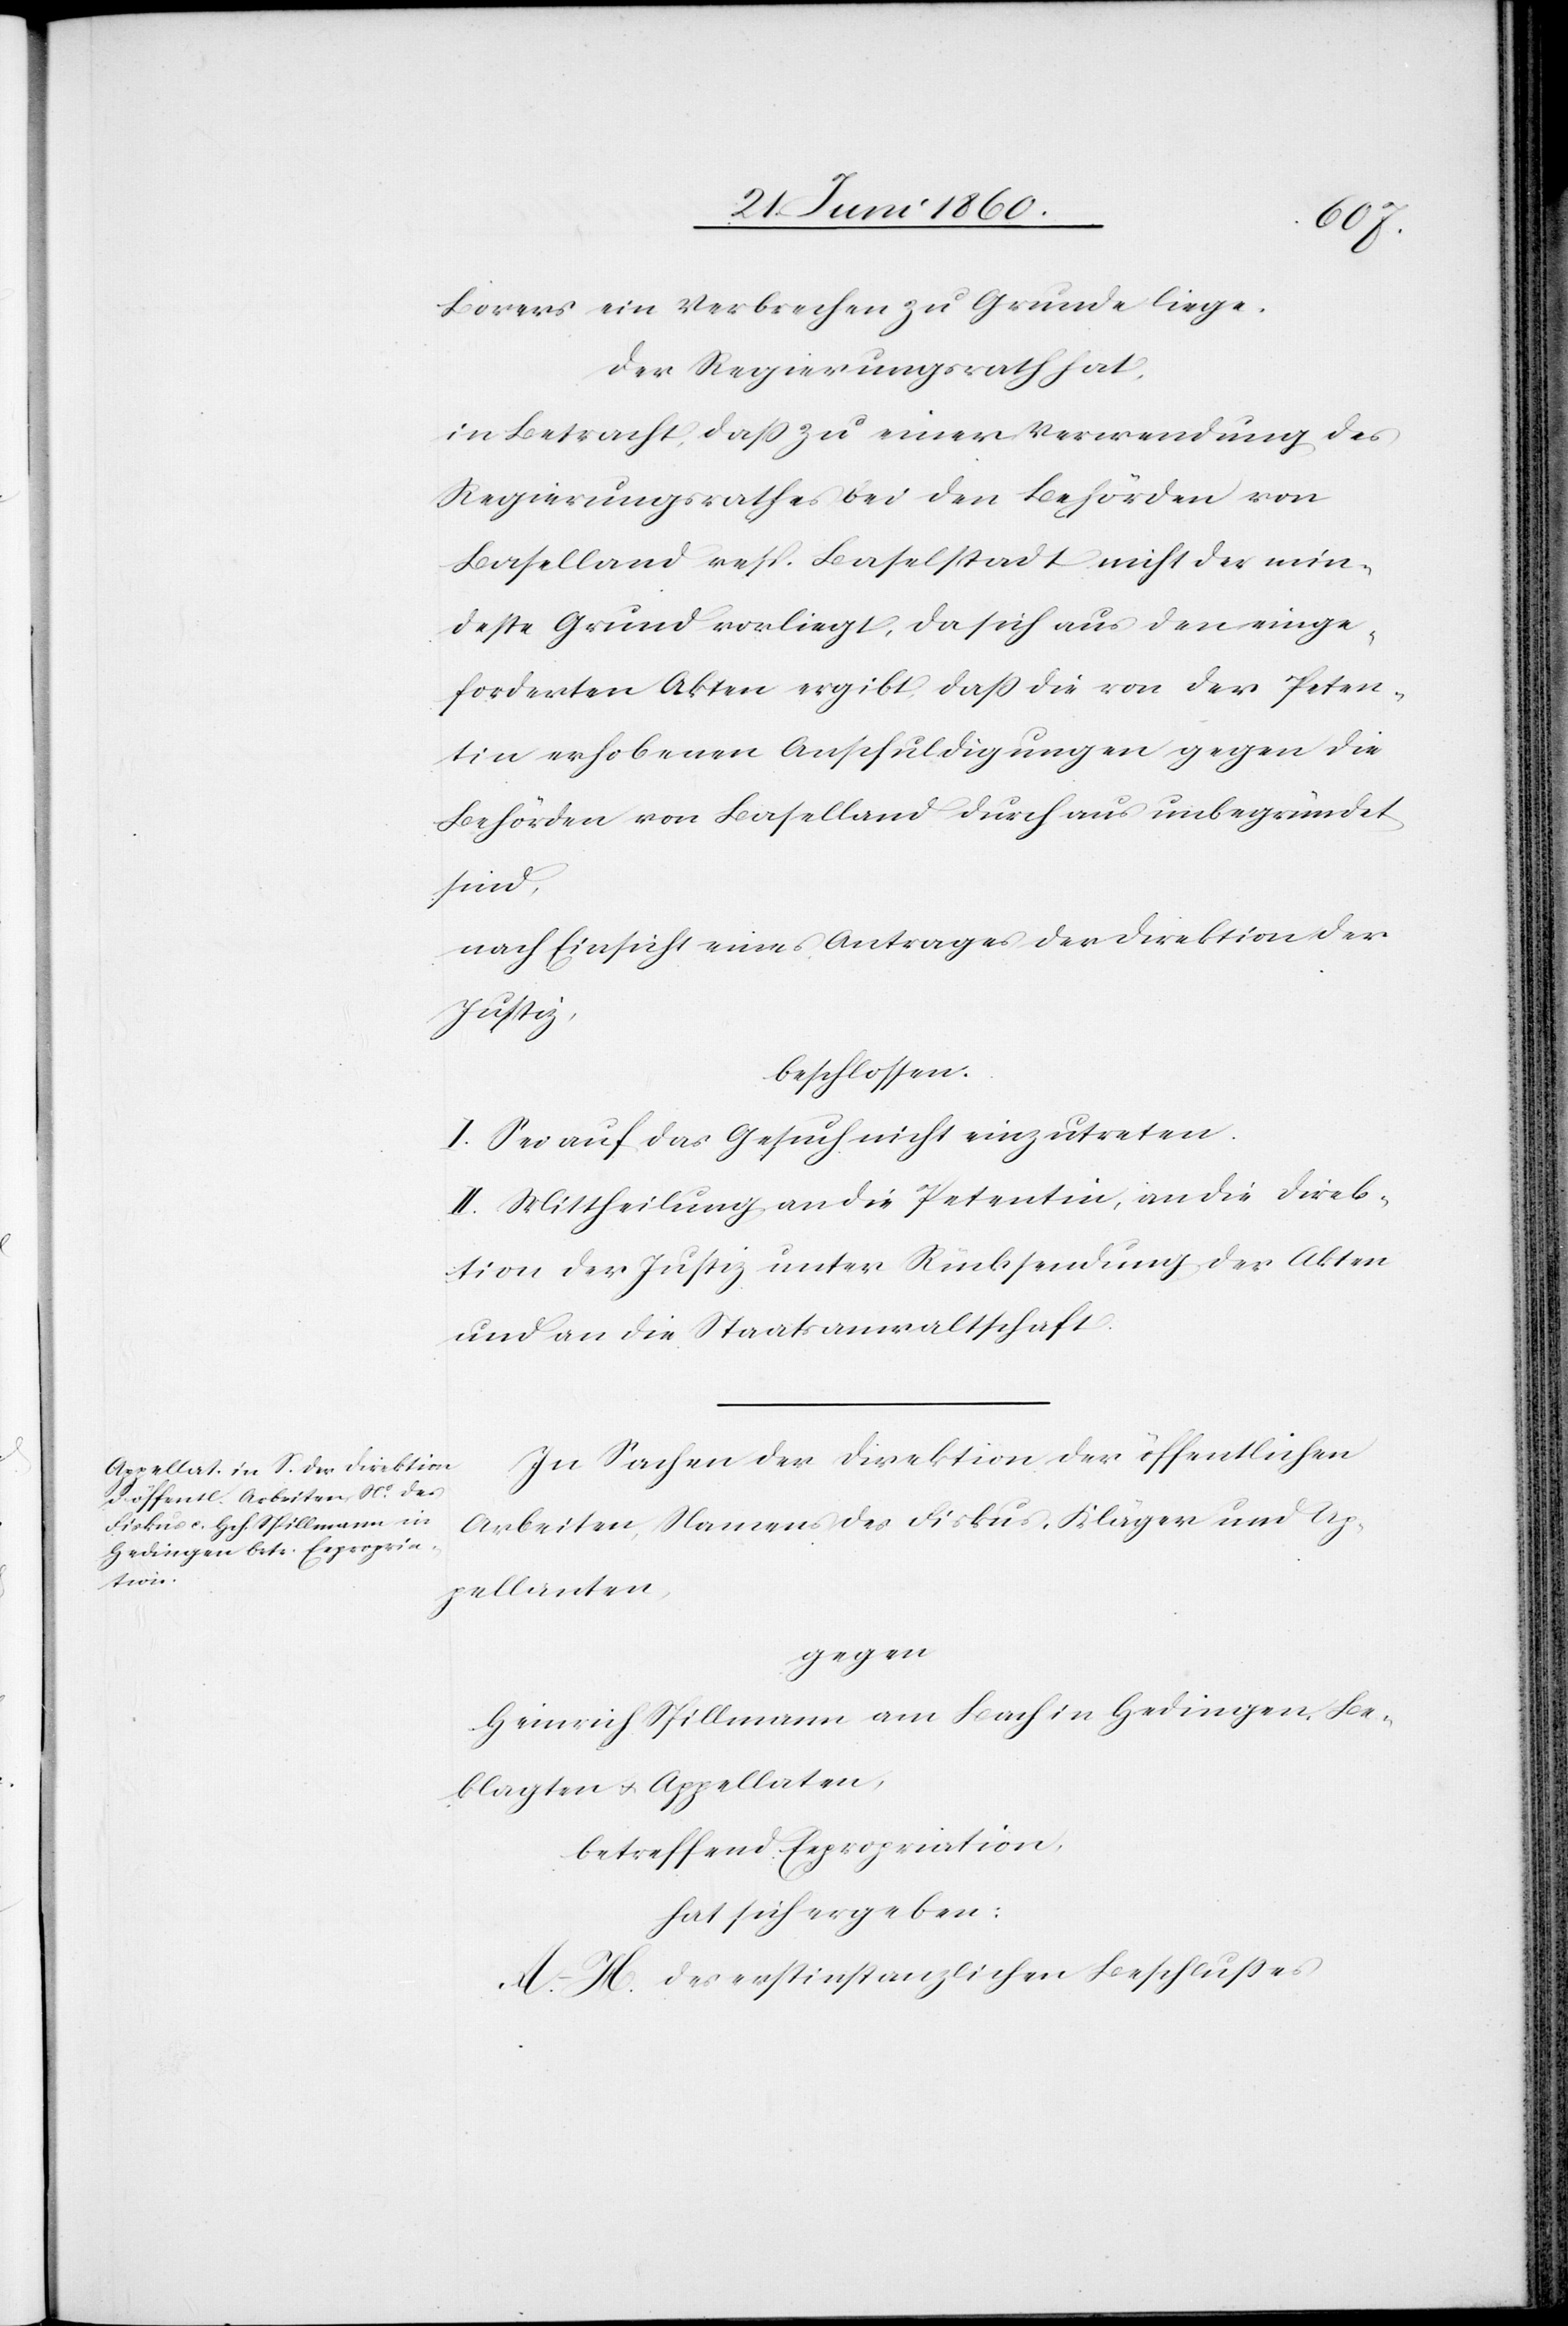
Borers ein Verbrechen zu Grunde liege.
Der Regierungsrath hat,
in Betracht, dass zu einer Verwendung des
Regierungsrathes bei den Behörden von
Baselland resp. Baselstadt nicht der min¬
deste Grund vorliegt, da sich aus den einge¬
forderten Akten ergibt, dass die von der Peten¬
tin erhobenen Anschuldigungen gegen die
Behörden von Baselland durchaus unbegründet
sind,
nach Einsicht eines Antrages der Direktion der
Justiz,
beschlossen:
I. Sei auf das Gesuch nicht einzutreten.
II. Mittheilung an die Petentin, an die Direk¬
tion der Justiz unter Rücksendung der Akten
und an die Staatsanwaltschaft.
In Sachen der Direktion der öffentlichen
Arbeiten, Namens des Fiskus, Kläger und Ap¬
pellanten,
gegen
Heinrich Spillmann am Bach in Hedingen, Be¬
klagten u. Appellaten,
betreffend Expropriation,
hat sich ergeben:
A–H. des erstinstanzlichen Beschlusses